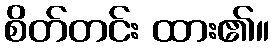
စိတ်တင်း ထား၏။